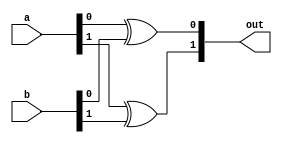
module xor_2(out, a, b);
input [1:0] a, b;
output [1:0] out;

xor f(out[0], a[0], b[0]),
    s(out[1], a[1], b[1]);
endmodule

module xor_4(out, a, b);
input [3:0] a, b;
output [3:0] out;

xor_2 f(out[1:0], a[1:0], b[1:0]),
          s(out[3:2], a[3:2], b[3:2]);
endmodule

module xor_8(out, a, b);
input [7:0] a, b;
output [7:0] out;

xor_4 f(out[3:0], a[3:0], b[3:0]),
          s(out[7:4], a[7:4], b[7:4]);
endmodule

module xor_16(out, a, b);
input [15:0] a, b;
output [15:0] out;

xor_8 f(out[7:0], a[7:0], b[7:0]),
          s(out[15:8], a[15:8], b[15:8]);
endmodule
module xor_32(out,
                  a,
                  b);
    input [31:0] a, b;
    output [31:0] out;
    
    xor_16 f(out[15:0], a[15:0], b[15:0]),
    s(out[31:16], a[31:16], b[31:16]);
endmodule